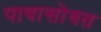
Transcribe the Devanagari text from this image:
पावासोबत